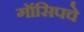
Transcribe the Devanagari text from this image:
गॉसिपचे